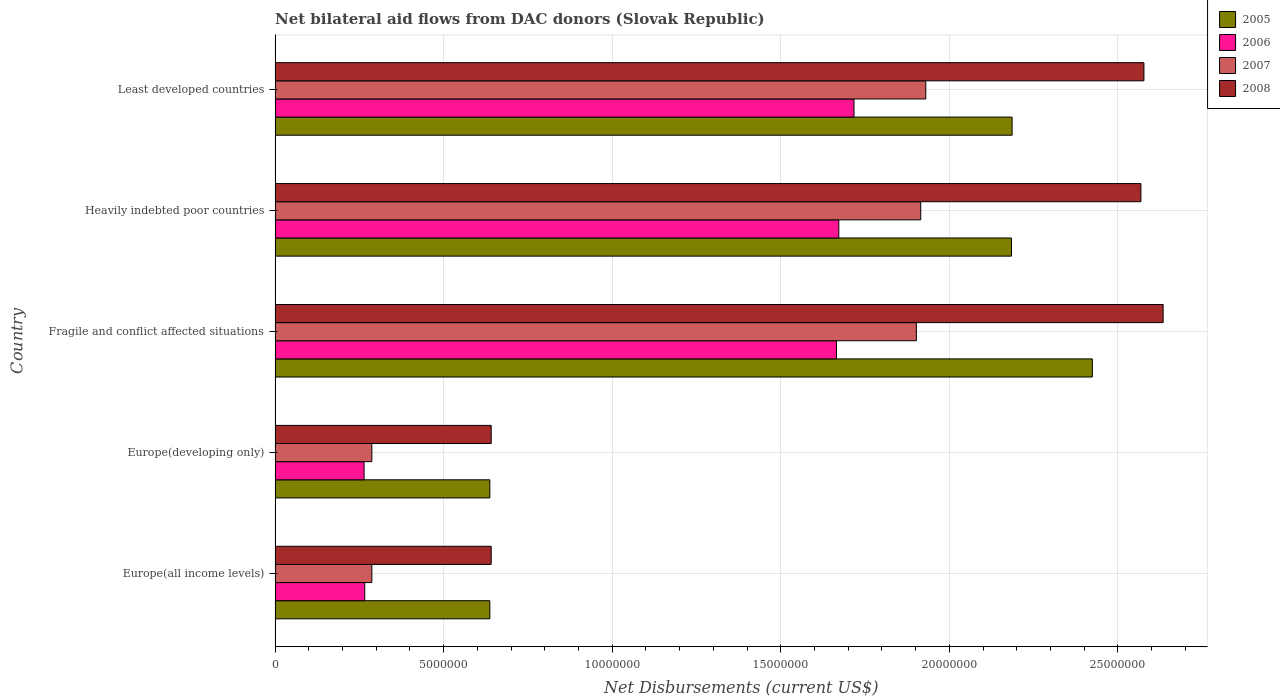
| Country | 2005 | 2006 | 2007 | 2008 |
 | --- | --- | --- | --- | --- |
 | Europe(all income levels) | 6.37e+06 | 2.66e+06 | 2.87e+06 | 6.41e+06 |
 | Europe(developing only) | 6.37e+06 | 2.64e+06 | 2.87e+06 | 6.41e+06 |
 | Fragile and conflict affected situations | 2.42e+07 | 1.66e+07 | 1.9e+07 | 2.63e+07 |
 | Heavily indebted poor countries | 2.18e+07 | 1.67e+07 | 1.92e+07 | 2.57e+07 |
 | Least developed countries | 2.19e+07 | 1.72e+07 | 1.93e+07 | 2.58e+07 |